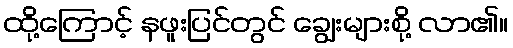
ထို့ကြောင့် နဖူးပြင်တွင် ချွေးများစို့ လာ၏။